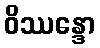
ဝိဿန္ဒော